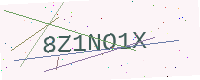
Text: 8Z1NO1X